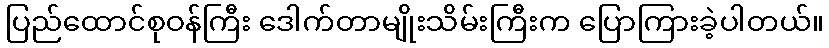
ပြည်ထောင်စုဝန်ကြီး ဒေါက်တာမျိုးသိမ်းကြီးက ပြောကြားခဲ့ပါတယ်။